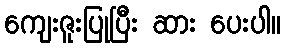
ကျေးဇူးပြုပြီး ဆား ပေးပါ။